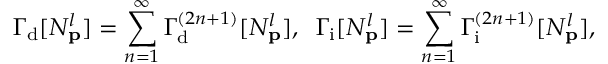
\Gamma _ { \mathrm { d } } [ N _ { \bf p } ^ { l } ] = \sum _ { n = 1 } ^ { \infty } \Gamma _ { \mathrm { d } } ^ { ( 2 n + 1 ) } [ N _ { \bf p } ^ { l } ] , \; \; \Gamma _ { \mathrm { i } } [ N _ { \bf p } ^ { l } ] = \sum _ { n = 1 } ^ { \infty } \Gamma _ { \mathrm { i } } ^ { ( 2 n + 1 ) } [ N _ { \bf p } ^ { l } ] ,